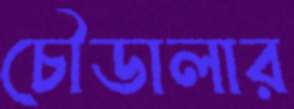
চৌডালার